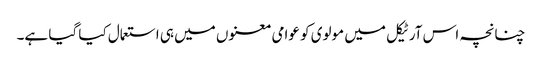
چنانچہ اس آرٹیکل میں مولوی کو عوامی معنوں میں ہی استعمال کیا گیا ہے۔